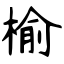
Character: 榆